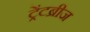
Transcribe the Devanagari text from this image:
ट्रेंटब्रीज